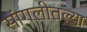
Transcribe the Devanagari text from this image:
सांगलीतल्या